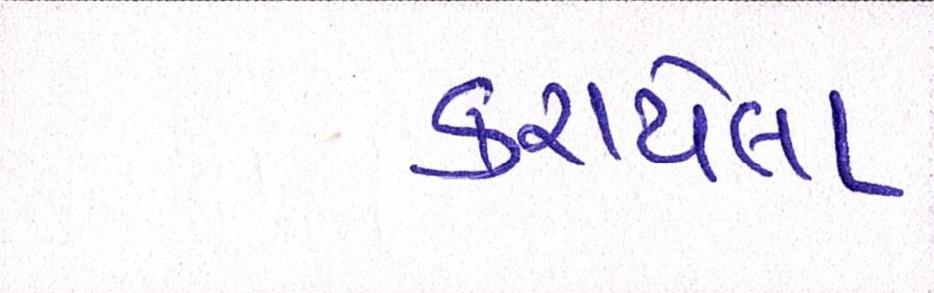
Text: કરાયેલા